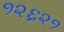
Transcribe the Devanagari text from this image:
१२६२१